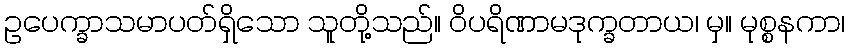
ဥပေက္ခာသမာပတ်ရှိသော သူတို့သည်။ ဝိပရိဏာမဒုက္ခတာယ၊ မှ။ မုစ္စနကာ၊